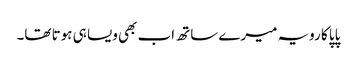
پاپا کا رویہ میرے ساتھ اب بھی ویسا ہی ہوتا تھا۔